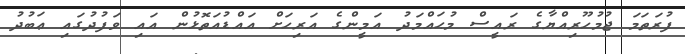
ފުރަތަމަ ޖުމުހޫރިއްޔާގެ ރައީސް މުޙައްމަދު އަމީންގެ އަރިހަށް އައްޑުއަތޮޅުން އައި ވަފުދުގައި ޢަބުދު